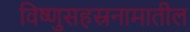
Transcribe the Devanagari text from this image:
विष्णुसहस्रनामातील